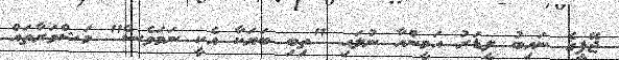
ޖޭޕީގެ ނައިބު ލީޑަރު އަމީންއާ ނުލައި "ތިބި ބަޔަކާ އެކީ ނަމަވެސް" މަޝްވަރާތައް